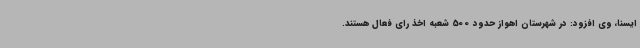
ایسنا، وی افزود: در شهرستان اهواز حدود 500 شعبه اخذ رای فعال هستند.